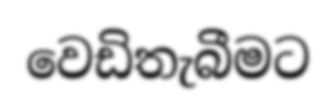
වෙඩිතැබීමට